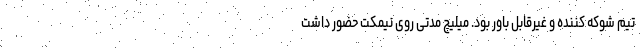
تیم شوکه کننده و غیرقابل باور بود. میلیچ مدتی روی نیمکت حضور داشت